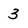
Character: 3